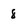
Character: 8